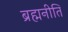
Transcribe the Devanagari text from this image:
ब्रह्मनीति